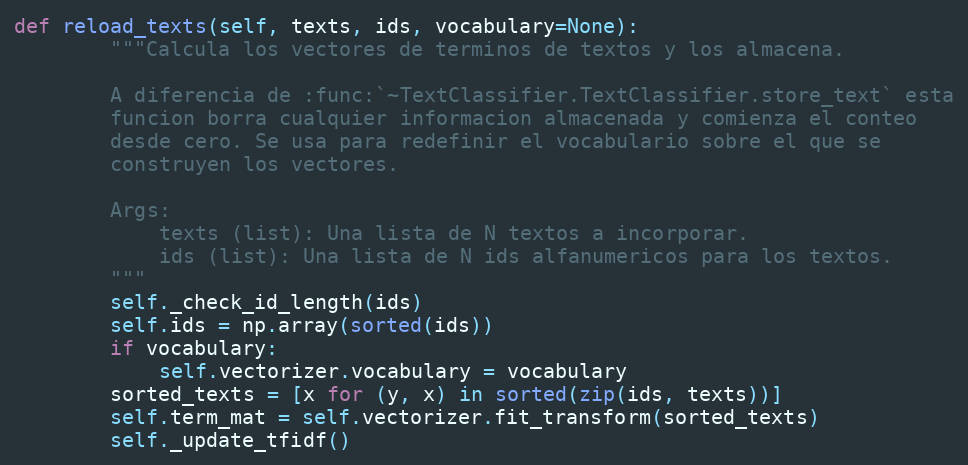
Language: Python
def reload_texts(self, texts, ids, vocabulary=None):
        """Calcula los vectores de terminos de textos y los almacena.

        A diferencia de :func:`~TextClassifier.TextClassifier.store_text` esta
        funcion borra cualquier informacion almacenada y comienza el conteo
        desde cero. Se usa para redefinir el vocabulario sobre el que se
        construyen los vectores.

        Args:
            texts (list): Una lista de N textos a incorporar.
            ids (list): Una lista de N ids alfanumericos para los textos.
        """
        self._check_id_length(ids)
        self.ids = np.array(sorted(ids))
        if vocabulary:
            self.vectorizer.vocabulary = vocabulary
        sorted_texts = [x for (y, x) in sorted(zip(ids, texts))]
        self.term_mat = self.vectorizer.fit_transform(sorted_texts)
        self._update_tfidf()